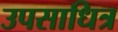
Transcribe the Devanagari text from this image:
उपसाधित्र